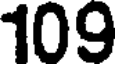
109